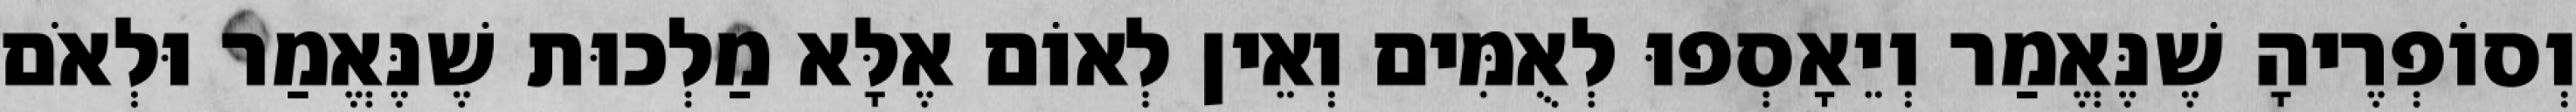
וְסוֹפְרֶיהָ שֶׁנֶּאֱמַר וְיֵאָסְפוּ לְאֻמִּים וְאֵין לְאוֹם אֶלָּא מַלְכוּת שֶׁנֶּאֱמַר וּלְאֹם